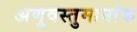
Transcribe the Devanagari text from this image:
अणूवस्तुमानांक